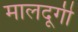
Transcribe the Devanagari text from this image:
मालदूगी